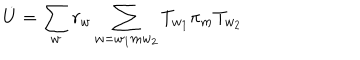
\dot { U } = \sum _ { w } r _ { w } \sum _ { w = w _ { 1 } m w _ { 2 } } T _ { w _ { 1 } } \pi _ { m } T _ { w _ { 2 } }